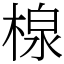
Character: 楾